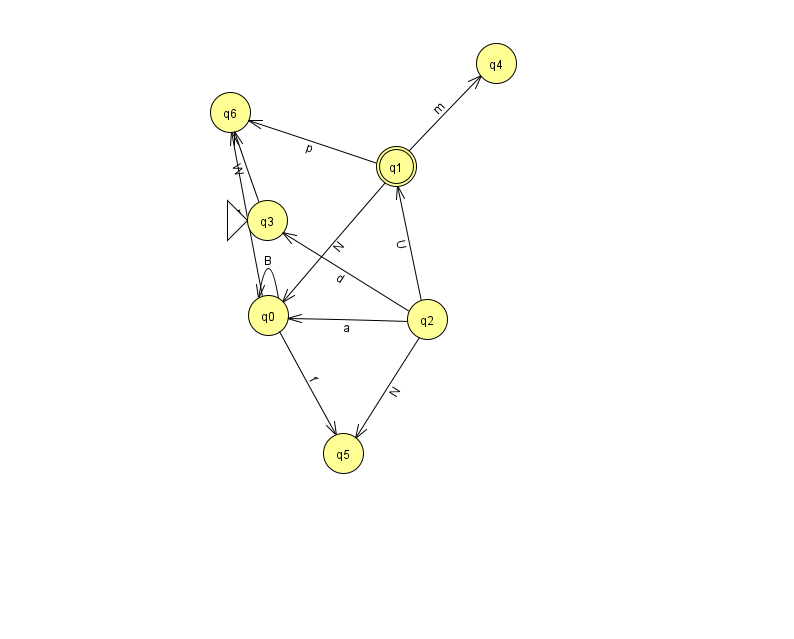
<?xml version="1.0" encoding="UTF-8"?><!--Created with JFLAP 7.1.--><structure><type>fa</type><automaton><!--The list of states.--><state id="0" name="q0"><x>268.0</x><y>302.0</y></state><state id="1" name="q1"><x>396.0</x><y>153.0</y><final/></state><state id="2" name="q2"><x>427.0</x><y>306.0</y></state><state id="3" name="q3"><x>267.0</x><y>207.0</y><initial/></state><state id="4" name="q4"><x>496.0</x><y>50.0</y></state><state id="5" name="q5"><x>343.0</x><y>440.0</y></state><state id="6" name="q6"><x>230.0</x><y>99.0</y></state><!--The list of transitions.--><transition><from>0</from><to>0</to><read>B</read></transition><transition><from>1</from><to>6</to><read>p</read></transition><transition><from>3</from><to>6</to><read>W</read></transition><transition><from>0</from><to>5</to><read>f</read></transition><transition><from>2</from><to>5</to><read>N</read></transition><transition><from>0</from><to>6</to><read>m</read></transition><transition><from>1</from><to>0</to><read>N</read></transition><transition><from>2</from><to>3</to><read>d</read></transition><transition><from>2</from><to>1</to><read>U</read></transition><transition><from>1</from><to>4</to><read>m</read></transition><transition><from>2</from><to>0</to><read>a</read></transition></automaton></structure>